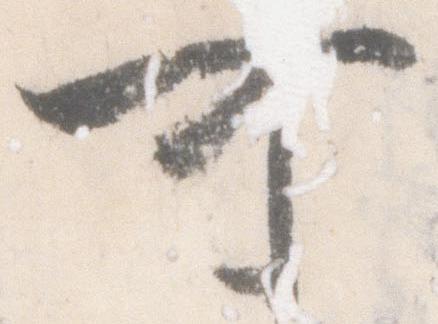
可